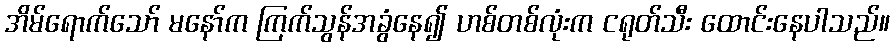
အိမ်ရောက်သော် မနော်က ကြက်သွန်အခွံနေ၍ ဟစ်တစ်လုံးက ငရုတ်သီး ထောင်းနေပါသည်။